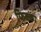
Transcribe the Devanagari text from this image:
फिक्का